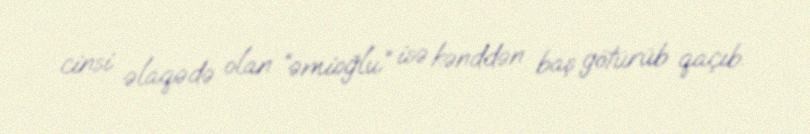
cinsi əlaqədə olan “əmioğlu” isə kənddən baş götürüb qaçıb.